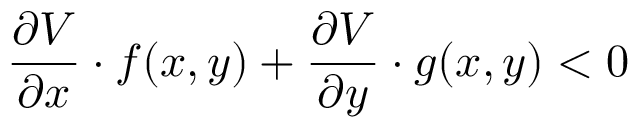
\frac { \partial V } { \partial x } \cdot f ( x , y ) + \frac { \partial V } { \partial y } \cdot g ( x , y ) < 0